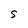
Character: S